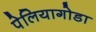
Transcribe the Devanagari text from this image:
पेलियागोडा